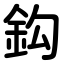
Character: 鈎